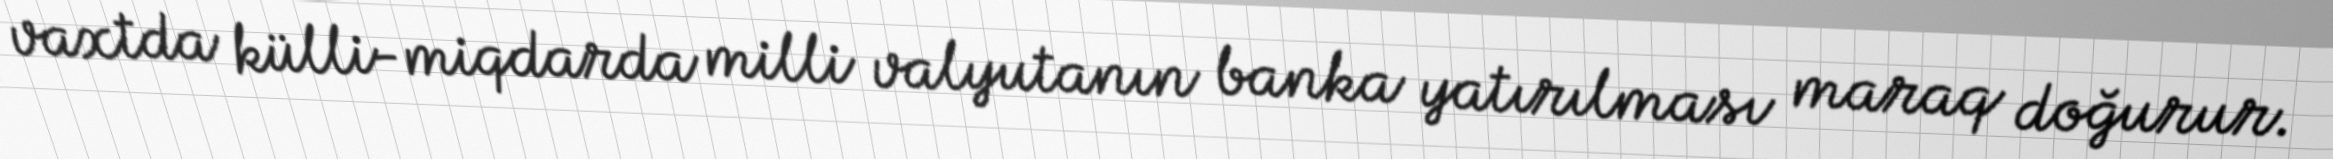
vaxtda külli-miqdarda milli valyutanın banka yatırılması maraq doğurur.